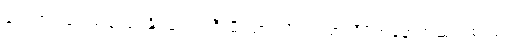
လေ့ကျင့်ရေးမပြုလုပ်နိုင်ခဲ့ဘဲ ပရီးမီးယားလိဂ်ရဲ့ ရာသီပိတ်နောက်ဆုံးပွဲစဉ်မှာ